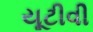
યૂટીવી